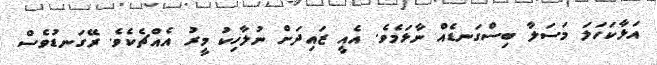
އަޅާކަހަލަ މަސަލާ ބިސްގަނޑެއް ނާޅަމެވެ. އެއީ ޒައިދަށް ނުލާހިކު މީރު އެއްޗެކެވެ. ރޭގަނޑުވެސް